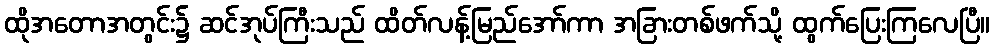
ထိုအတောအတွင်း၌ ဆင်အုပ်ကြီးသည် ထိတ်လန့်မြည်အော်ကာ အခြားတစ်ဖက်သို့ ထွက်ပြေးကြလေပြီ။